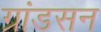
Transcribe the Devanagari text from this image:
ग्रांडसन